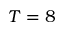
T = 8